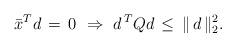
LaTeX: \begin{align*} \bar{x}^T d \, = \, 0 \ \Rightarrow \ d^{\, T}Qd \, \leq \, \| \, d \, \|_2^2.\end{align*}